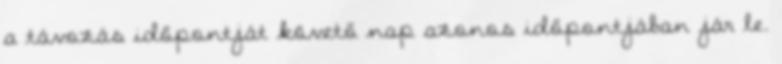
a távozás időpontját követő nap azonos időpontjában jár le.